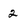
Character: 2